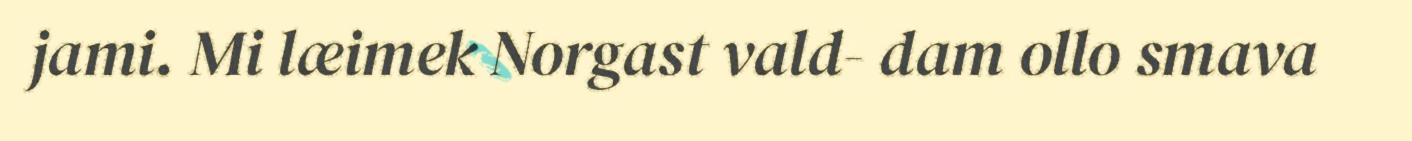
jami. Mi læimek Norgast vald- dam ollo smava